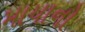
માયાનો